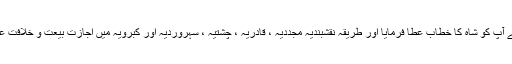
پیر کامل نے آپ کو شاہ کا خطاب عطا فرمایا اور طریقہ نقشبندیہ مجددیہ ، قادریہ ، چشتیہ ، سہروردیہ اور کبرویہ میں اجازت بیعت و خلافت عطا فرمائی ۔